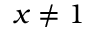
x \neq 1